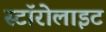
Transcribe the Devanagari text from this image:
स्टॉरोलाइट